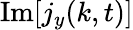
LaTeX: \operatorname{Im}[j_{y}(k,t)]